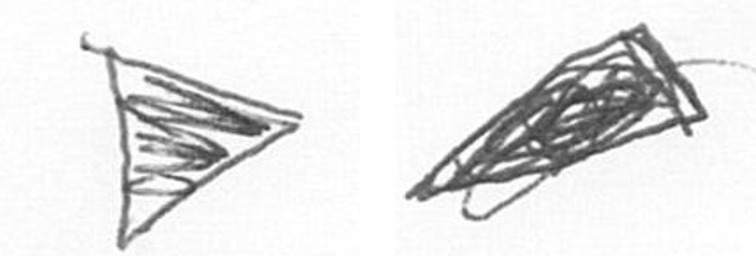
T O